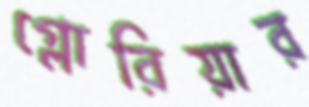
গ্লোরিয়ার